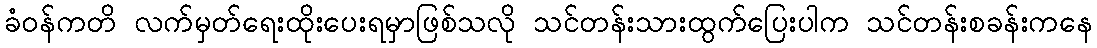
ခံဝန်ကတိ လက်မှတ်ရေးထိုးပေးရမှာဖြစ်သလို သင်တန်းသားထွက်ပြေးပါက သင်တန်းစခန်းကနေ